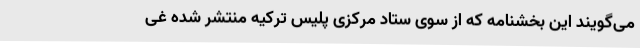
می‌گویند این بخشنامه که از سوی ستاد مرکزی پلیس ترکیه منتشر شده غی